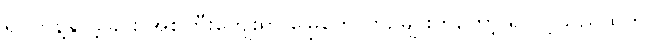
ရပ်တန့်နိုင်ခဲ့ခြင်း အစုကြီးကျေးရွာ မြွေဟောက်ဥများကတော့ ရသင့်သည်ထက်